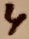
Text: 4